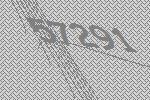
57291